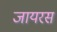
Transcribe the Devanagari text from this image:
जायरस